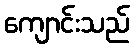
ကျောင်းသည်